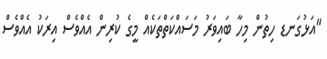
"އަޅުގަނޑ ހިތުން މިހާ ބައިވަރު މަސައްކަތްތަކެއް މީގެ ކުރިން އެއްވެސް އިރަކު އެއްވެސް